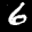
Label: 6